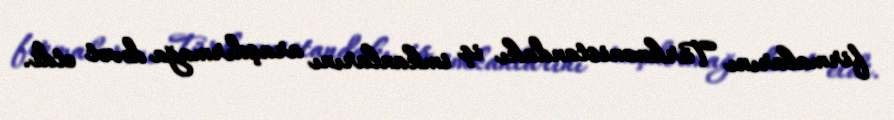
firmalarını Türkmənistandakı iş imkanlarını araşdırmağa dəvət etdi.